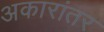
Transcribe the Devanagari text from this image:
अकारांतर